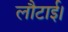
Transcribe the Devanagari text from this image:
लौटाई।